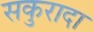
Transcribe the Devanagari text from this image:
सकुरादा